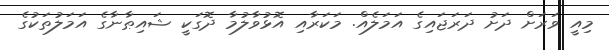
މިއީ ވަރަށް ދަށު ދަރަޖައިގެ އަމަލެއް. މަކަރާއި އޮޅުވާލުމާ ދޮގަކީ ޝައިޠާނާގެ އަމަލުތަކުގެ